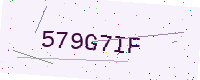
Text: 579G7IF